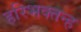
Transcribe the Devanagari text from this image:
हरिभक्तन्ह